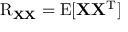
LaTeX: \operatorname { R } _ { \mathbf { X } \mathbf { X } } = \operatorname { E } [ \mathbf { X } \mathbf { X } ^ { \mathrm { { T } } } ]